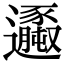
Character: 𨙆